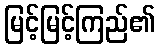
မြင့်မြင့်ကြည်၏